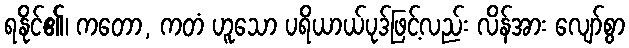
ရနိုင်၏၊ ကတော, ကတံ ဟူသော ပရိယာယ်ပုဒ်ဖြင့်လည်း လိန်အား လျော်စွာ